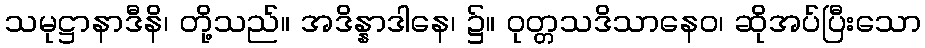
သမုဋ္ဌာနာဒီနိ၊ တို့သည်။ အဒိန္နာဒါနေ၊ ၌။ ဝုတ္တသဒိသာနေဝ၊ ဆိုအပ်ပြီးသော